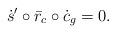
LaTeX: \begin{align*}\dot{s}' \circ \bar{r}_c\circ\dot{c}_g = 0 .\end{align*}